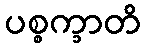
ပစ္စက္ခာတိ